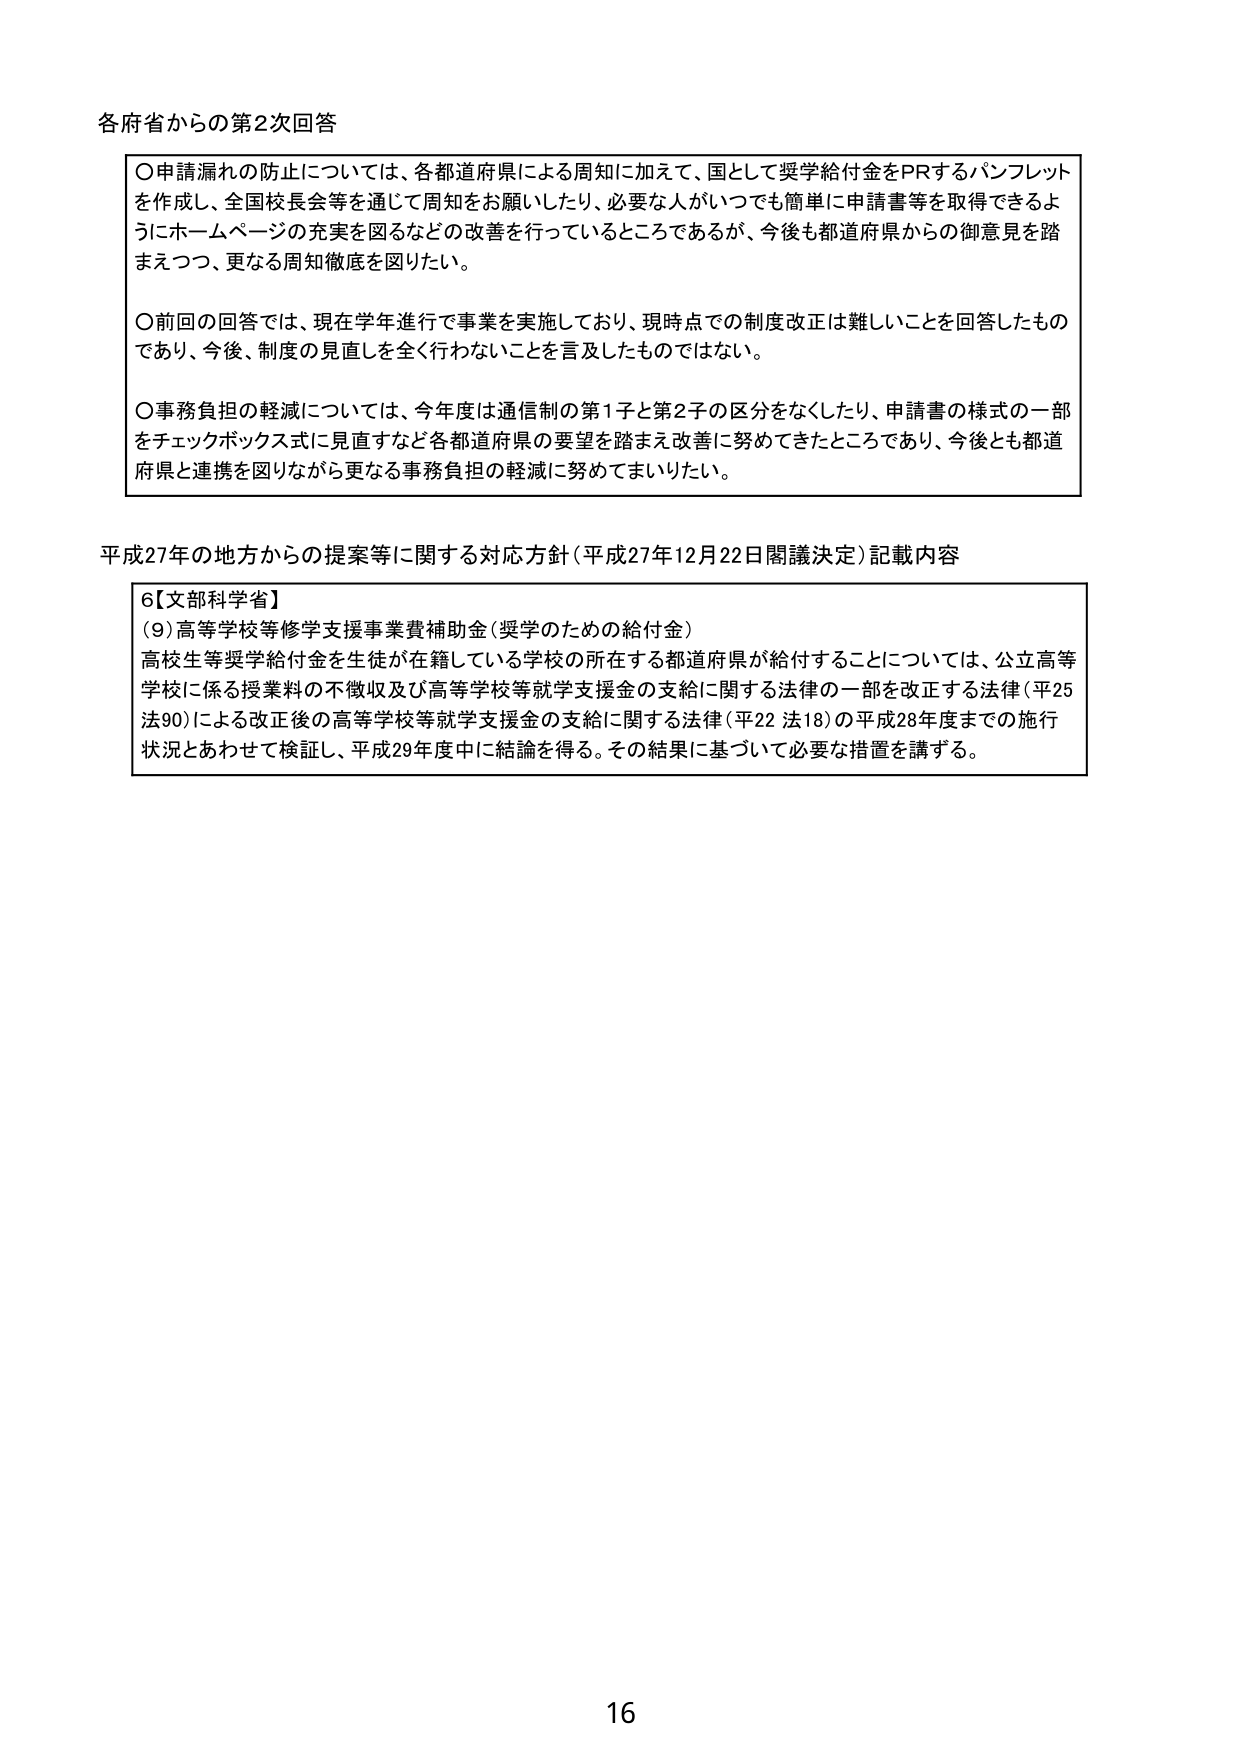
各府省からの第2次回答

〇申請漏れの防止については、各都道府県による周知に加えて、国として奨学給付金をPRするパンフレットを作成し、全国校長会等を通じて周知をお願いしたり、必要な人がいつでも簡単に申請書等を取得できるようにホームページの充実を図るなどの改善を行っているところであるが、今後も都道府県からの御意見を踏まえつつ、更なる周知徹底を図りたい。

〇前回の回答では、現在学年進行で事業を実施しており、現時点での制度改正は難しいことを回答したものであり、今後、制度の見直しを全く行わないことを言及したものではない。

〇事務負担の軽減については、今年度は通信制の第1子と第2子の区分をなくしたり、申請書の様式の一部をチェックボックス式に見直すなど各都道府県の要望を踏まえ改善に努めてきたところであり、今後とも都道府県と連携を図りながら更なる事務負担の軽減に努めてまいりたい。

平成27年の地方からの提案等に関する対応方針（平成27年12月22日閣議決定）記載内容

6【文部科学省】
(9)高等学校等修学支援事業費補助金（奨学のための給付金）
高校生等奨学給付金を生徒が在籍している学校の所在する都道府県が給付することについては、公立高等学校に係る授業料の不徴収及び高等学校等就学支援金の支給に関する法律の一部を改正する法律（平25法90）による改正後の高等学校等就学支援金の支給に関する法律（平22法18）の平成28年度までの施行状況とあわせて検証し、平成29年度中に結論を得る。その結果に基づいて必要な措置を講ずる。

16